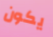
يكون